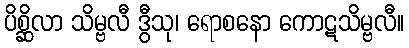
ပိစ္ဆိလာ သိမ္ဗလီ ဒွီသု၊ ရောစနော ကောဋသိမ္ဗလီ။